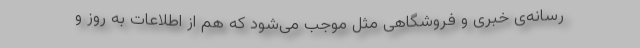
رسانه‌ی خبری و فروشگاهی مثل موجب می‌شود که هم از اطلاعات به روز و